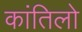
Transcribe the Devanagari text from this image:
कांतिलो